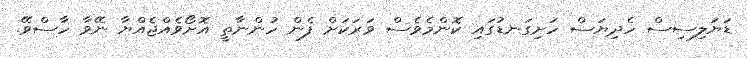
ޑަޔަލިސިސް ހެދިޔަސް ހަށިގަނޑުގައި ކޮންމެވެސް ވަރަކަށް ފެން ހުންނާތީ އޮށޯވެއްޖެއްޔާ ނޭވާ ހާސްވޭ.